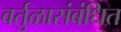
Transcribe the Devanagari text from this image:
वर्तुळासंबंधित